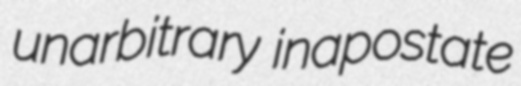
unarbitrary inapostate